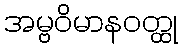
အမ္ဗဝိမာနဝတ္ထု